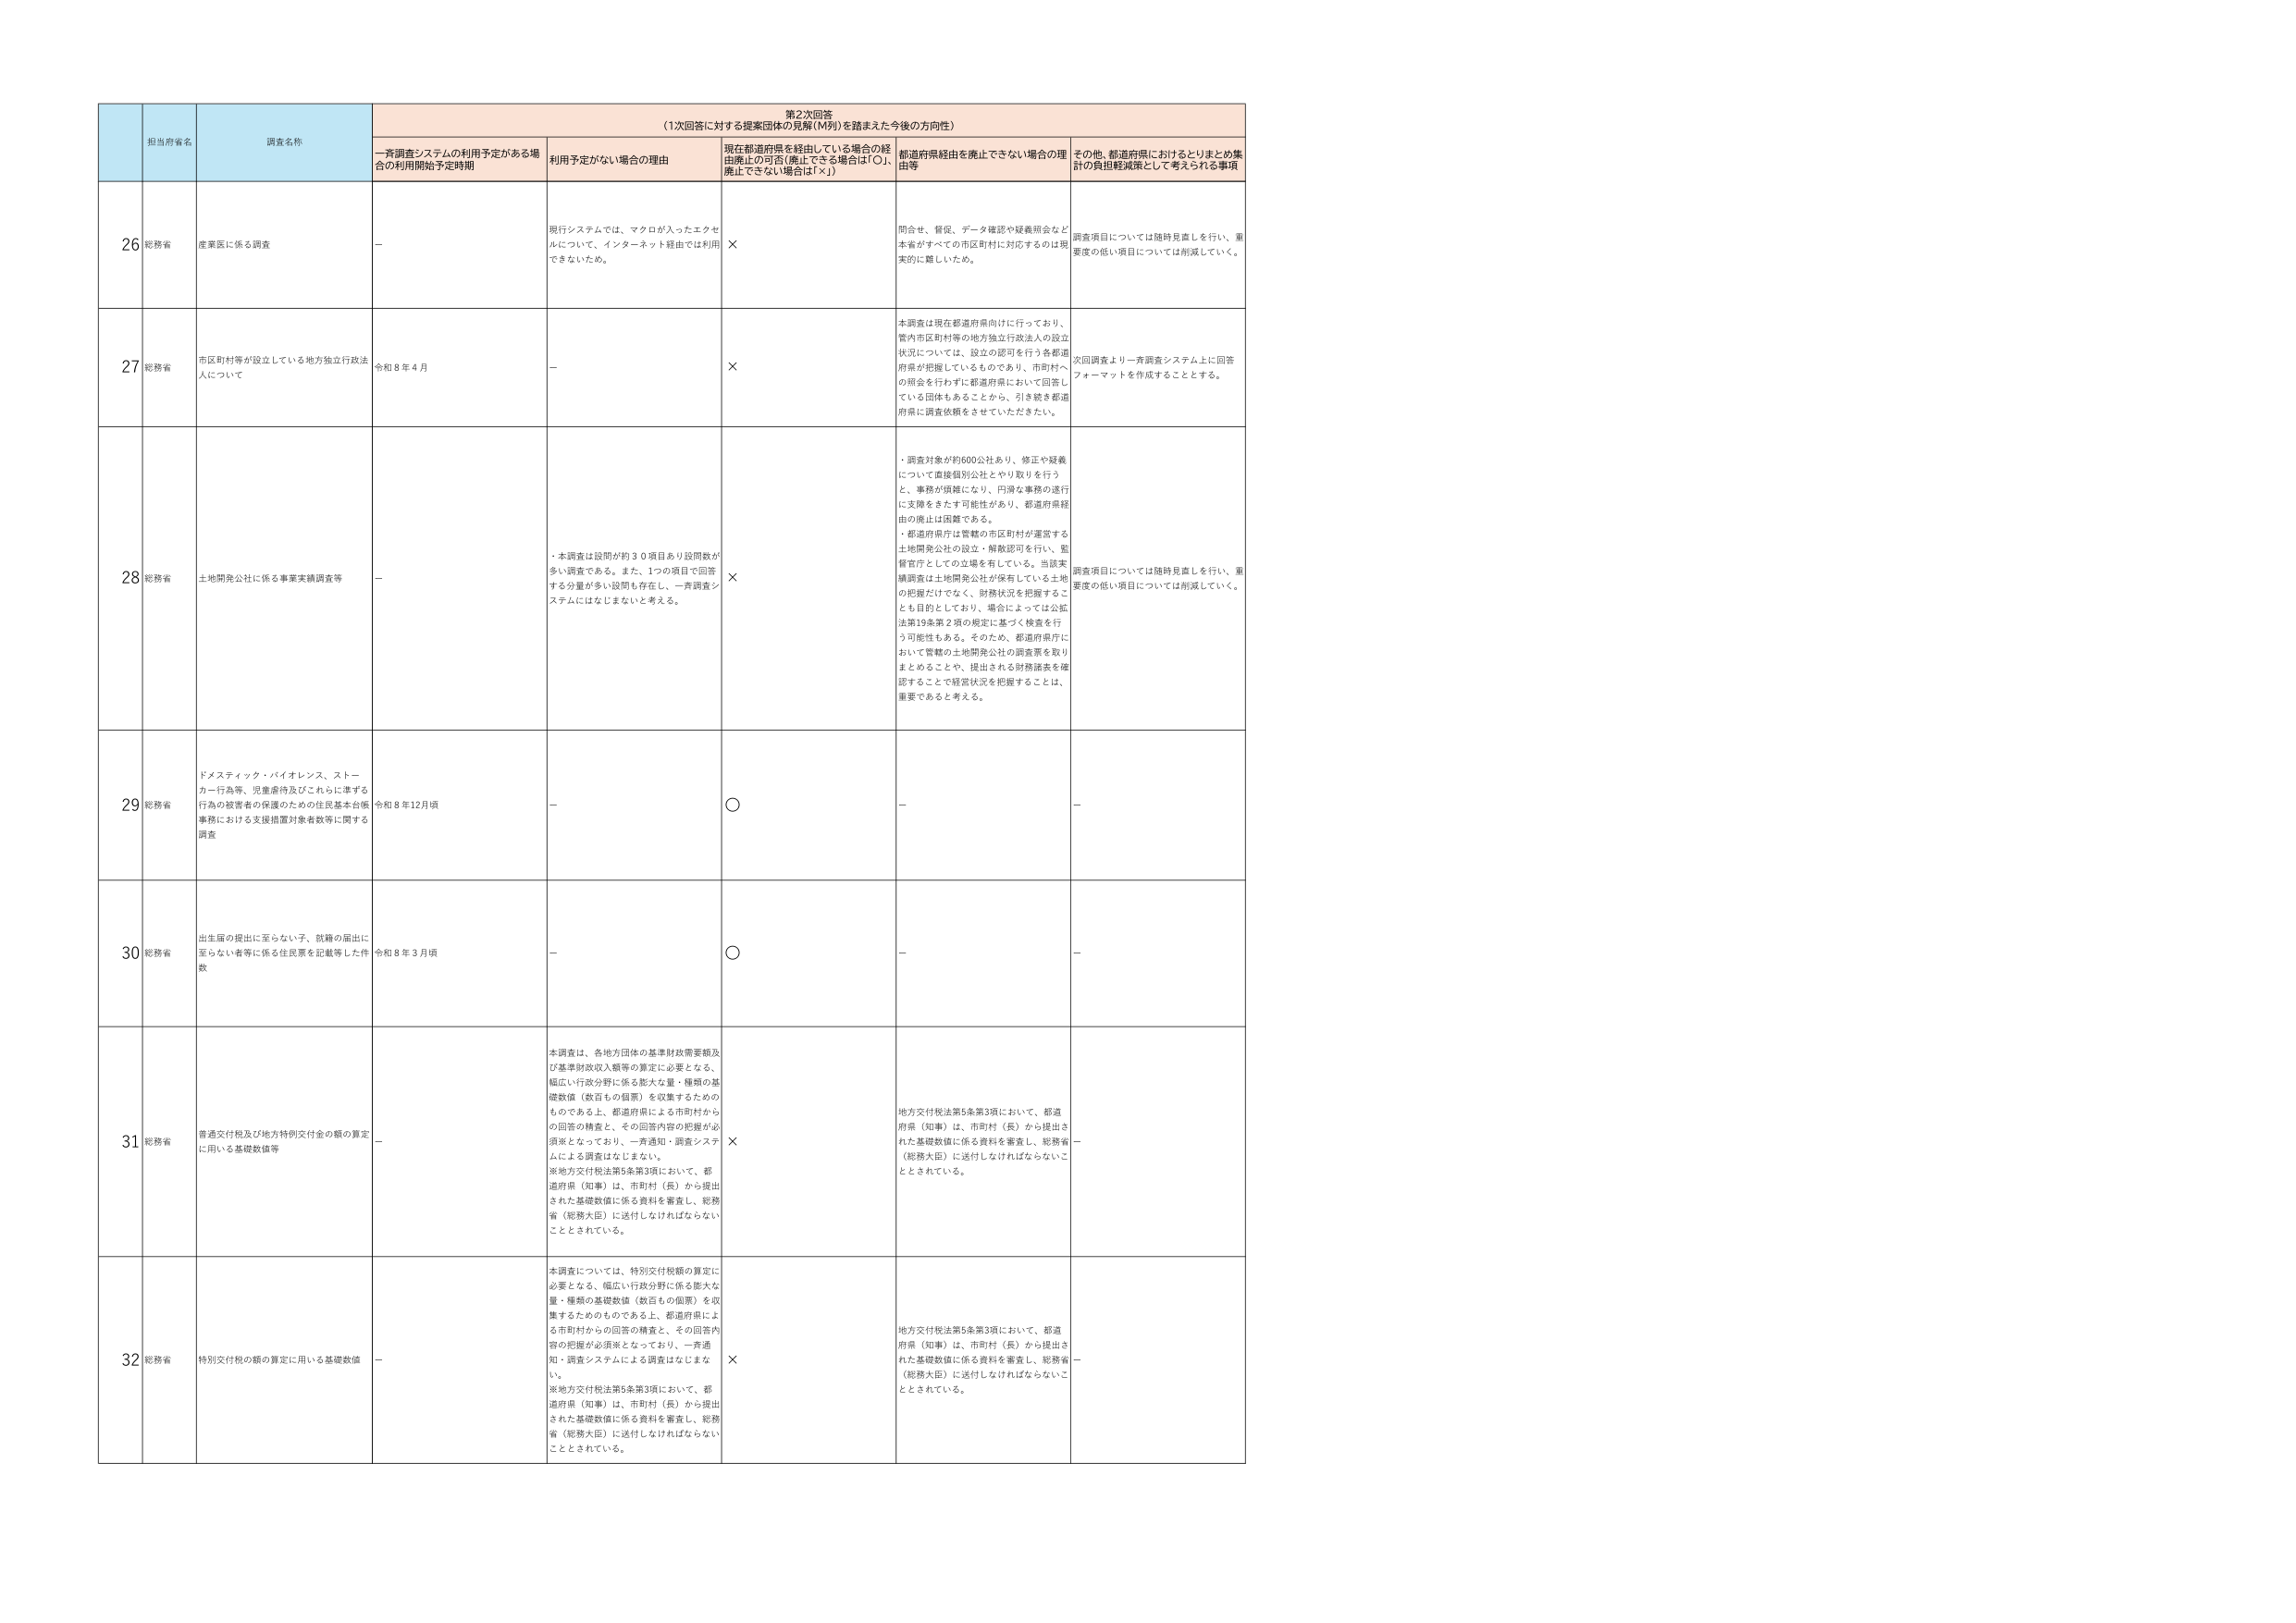
第2次回答
（1次回答に対する提案団体の見解（M列）を踏まえた今後の方向性）

担当府省名
調査名称
一斉調査システムの利用予定がある場合の利用開始予定時期
利用予定がない場合の理由
現在都道府県を経由している場合の経由廃止の可否（廃止できる場合は「○」、廃止できない場合は「×」）
都道府県経由を廃止できない場合の理由等
その他、都道府県におけるとりまとめ集計の負担軽減策として考えられる事項

26
総務省
産業医に係る調査
－
現行システムでは、マクロが入ったエクセルについて、インターネット経由では利用できないため。
×
問合せ、督促、データ確認や疑義照会など本省がすべての市区町村に対応するのは現実的に難しいため。
調査項目については随時見直しを行い、重要度の低い項目については削減していく。

27
総務省
市区町村等が設立している地方独立行政法人について
令和8年4月
－
×
本調査は現在都道府県向けに行っており、管内市区町村等の地方独立行政法人の設立状況については、設立の認可を行う各都道府県が把握しているものであり、市町村への照会を行わずに都道府県において回答している団体もあることから、引き続き都道府県に調査依頼をさせていただきたい。
次回調査より一斉調査システム上に回答フォーマットを作成することとする。

28
総務省
土地開発公社に係る事業実績調査等
－
・本調査は設問が約30項目あり設問数が多い調査である。また、1つの項目で回答する分量が多い設問も存在し、一斉調査システムにはなじまないと考える。
×
・調査対象が約600公社あり、修正や疑義について直接個別公社とやり取りを行うと、事務が煩雑になり、円滑な事務の遂行に支障をきたす可能性があり、都道府県経由の廃止は困難である。
・都道府県庁は管轄の市区町村が運営する土地開発公社の設立・解散認可を行い、監督官庁としての立場を有している。当該実績調査は土地開発公社が保有している土地の把握だけでなく、財務状況を把握することも目的としており、場合によっては公営法第19条第2項の規定に基づく検査を行う可能性もある。そのため、都道府県庁において管轄の土地開発公社の調査票を取りまとめるこ とや、提出される財務諸表を確認することで経営状況を把握することは、重要であると考える。
調査項目については随時見直しを行い、重要度の低い項目については削減していく。

29
総務省
ドメスティック・バイオレンス、ストーカー行為等、児童虐待及びこれらに準ずる行為の被害者の保護のための住民基本台帳事務における支援措置対象者数等に関する調査
令和8年12月頃
－
○
－
－

30
総務省
出生届の提出に至らない子、就籍の届出に至らない者等に係る住民票を記載等した件数
令和8年3月頃
－
○
－
－

31
総務省
普通交付税及び地方特例交付金の額の算定に用いる基礎数値等
－
本調査は、各地方団体の基準財政需要額及び基準財政収入額等の算定に必要となる、幅広い行政分野に係る膨大な量・種類の基礎数値（数値もの個票）を収集するためのものである上、都道府県による市町村からの回答の精査と、その回答内容の把握が必須となっており、一斉通知・調査システムによる調査はなじまない。
※地方交付税法第5条第3項において、都道府県（知事）は、市町村（長）から提出された基礎数値に係る資料を審査し、総務省（総務大臣）に送付しなければならないこととされている。
×
地方交付税法第5条第3項において、都道府県（知事）は、市町村（長）から提出された基礎数値に係る資料を審査し、総務省（総務大臣）に送付しなければならないこととされている。
－

32
総務省
特別交付税の額の算定に用いる基礎数値
－
本調査については、特別交付税額の算定に必要となる、幅広い行政分野に係る膨大な量・種類の基礎数値（数値もの個票）を収集するためのものである上、都道府県による市町村からの回答の精査と、その回答内容の把握が必須となっており、一斉通知・調査システムによる調査はなじまない。
※地方交付税法第5条第3項において、都道府県（知事）は、市町村（長）から提出された基礎数値に係る資料を審査し、総務省（総務大臣）に送付しなければならないこととされている。
×
地方交付税法第5条第3項において、都道府県（知事）は、市町村（長）から提出された基礎数値に係る資料を審査し、総務省（総務大臣）に送付しなければならないこととされている。
－